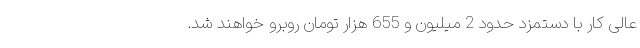
عالی کار با دستمزد حدود 2 میلیون و 655 هزار تومان روبرو خواهند شد.